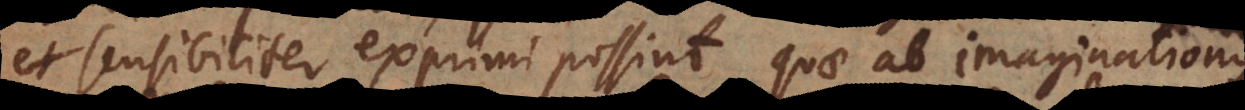
et sensibiliter exprimi possint quae ab imaginationis